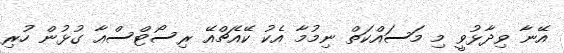
އޭނާ ވިދާޅުވީ މި މަސައްކަތް ނިމުމާ އެކު ކޭއެޗްއޭ ރިސޯޓްސްއާ ގުޅުން ހުރި